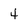
Character: 4